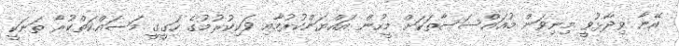
އޭނާ ވިދާޅުވީ މިނިވަން މުއައްސަސާތަކަށް މީހުން އައްޔަންކުރުމާއި ވަކިކުރުމުގެ ހަގީގީ މަސައްކަތްކުރާ ތަނަކީ